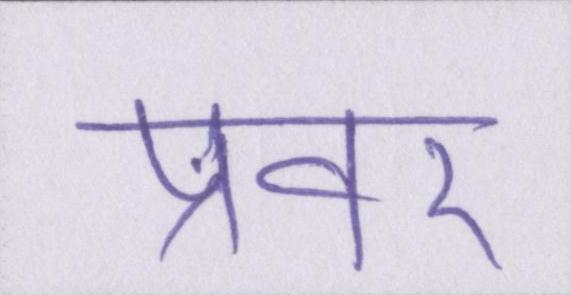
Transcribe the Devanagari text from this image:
प्रवर